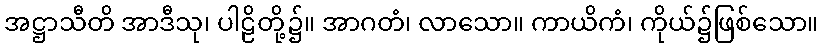
အဋ္ဌာသီတိ အာဒီသု၊ ပါဠိတို့၌။ အာဂတံ၊ လာသော။ ကာယိကံ၊ ကိုယ်၌ဖြစ်သော။